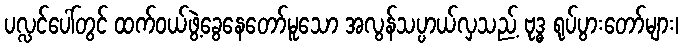
ပလ္လင်ပေါ်တွင် ထက်ဝယ်ဖွဲ့ခွေနေတော်မူသော အလွန်သပ္ပာယ်လှသည့် ဗုဒ္ဓ ရုပ်ပွားတော်များ၊